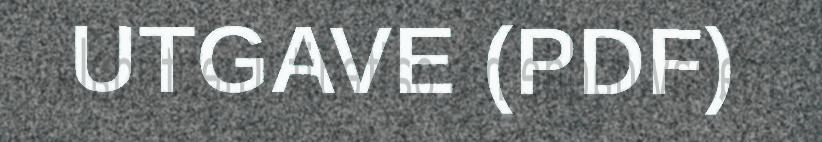
UTGAVE (PDF)